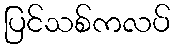
ပြင်သစ်ကလပ်